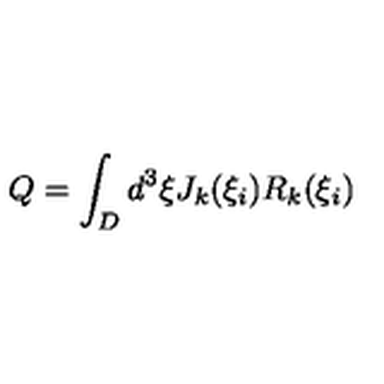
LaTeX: Q = \int _ { D } d ^ { 3 } \xi J _ { k } ( \xi _ { i } ) R _ { k } ( \xi _ { i } )